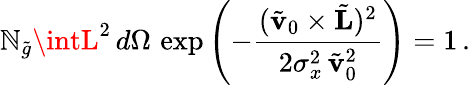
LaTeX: \mathbb{N}_{\tilde{{g}}}\intL^{2}\, d\Omega\, \exp\left(-\frac{{(\tilde{{\mathbf{v}}}_{0}\times\tilde{{\mathbf{L}}})^{2}}}{{2\sigma_{x}^{2}\, \tilde{{\mathbf{v}}}_{0}^{2}}}\right)=1\, .